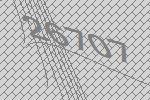
26707